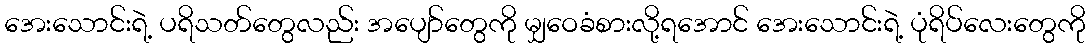
အေးသောင်းရဲ့ ပရိသတ်တွေလည်း အပျော်တွေကို မျှဝေခံစားလို့ရအောင် အေးသောင်းရဲ့ ပုံရိပ်လေးတွေကို